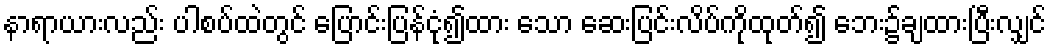
နာရာယားလည်း ပါစပ်ထဲတွင် ပြောင်းပြန်ငုံ၍ထား သော ဆေးပြင်းလိပ်ကိုထုတ်၍ ဘေး၌ချထားပြီးလျှင်